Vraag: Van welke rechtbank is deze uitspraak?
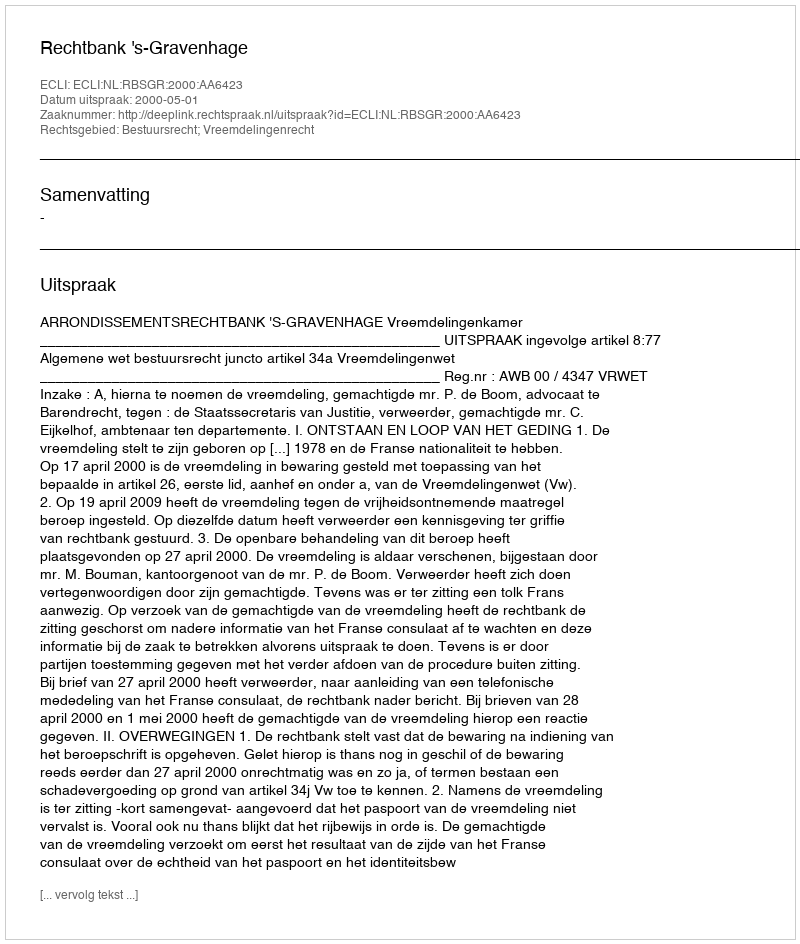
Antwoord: Rechtbank 's-Gravenhage